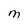
Character: M